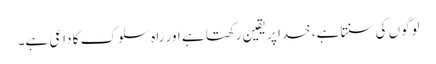
لوگوں کی سنتا ہے، خدا پر یقین رکھتا ہے اور راہ سلوک کا داعی ہے۔